NAE_EAOK_eestikeelsed_sunnimeetrikad, lk 203
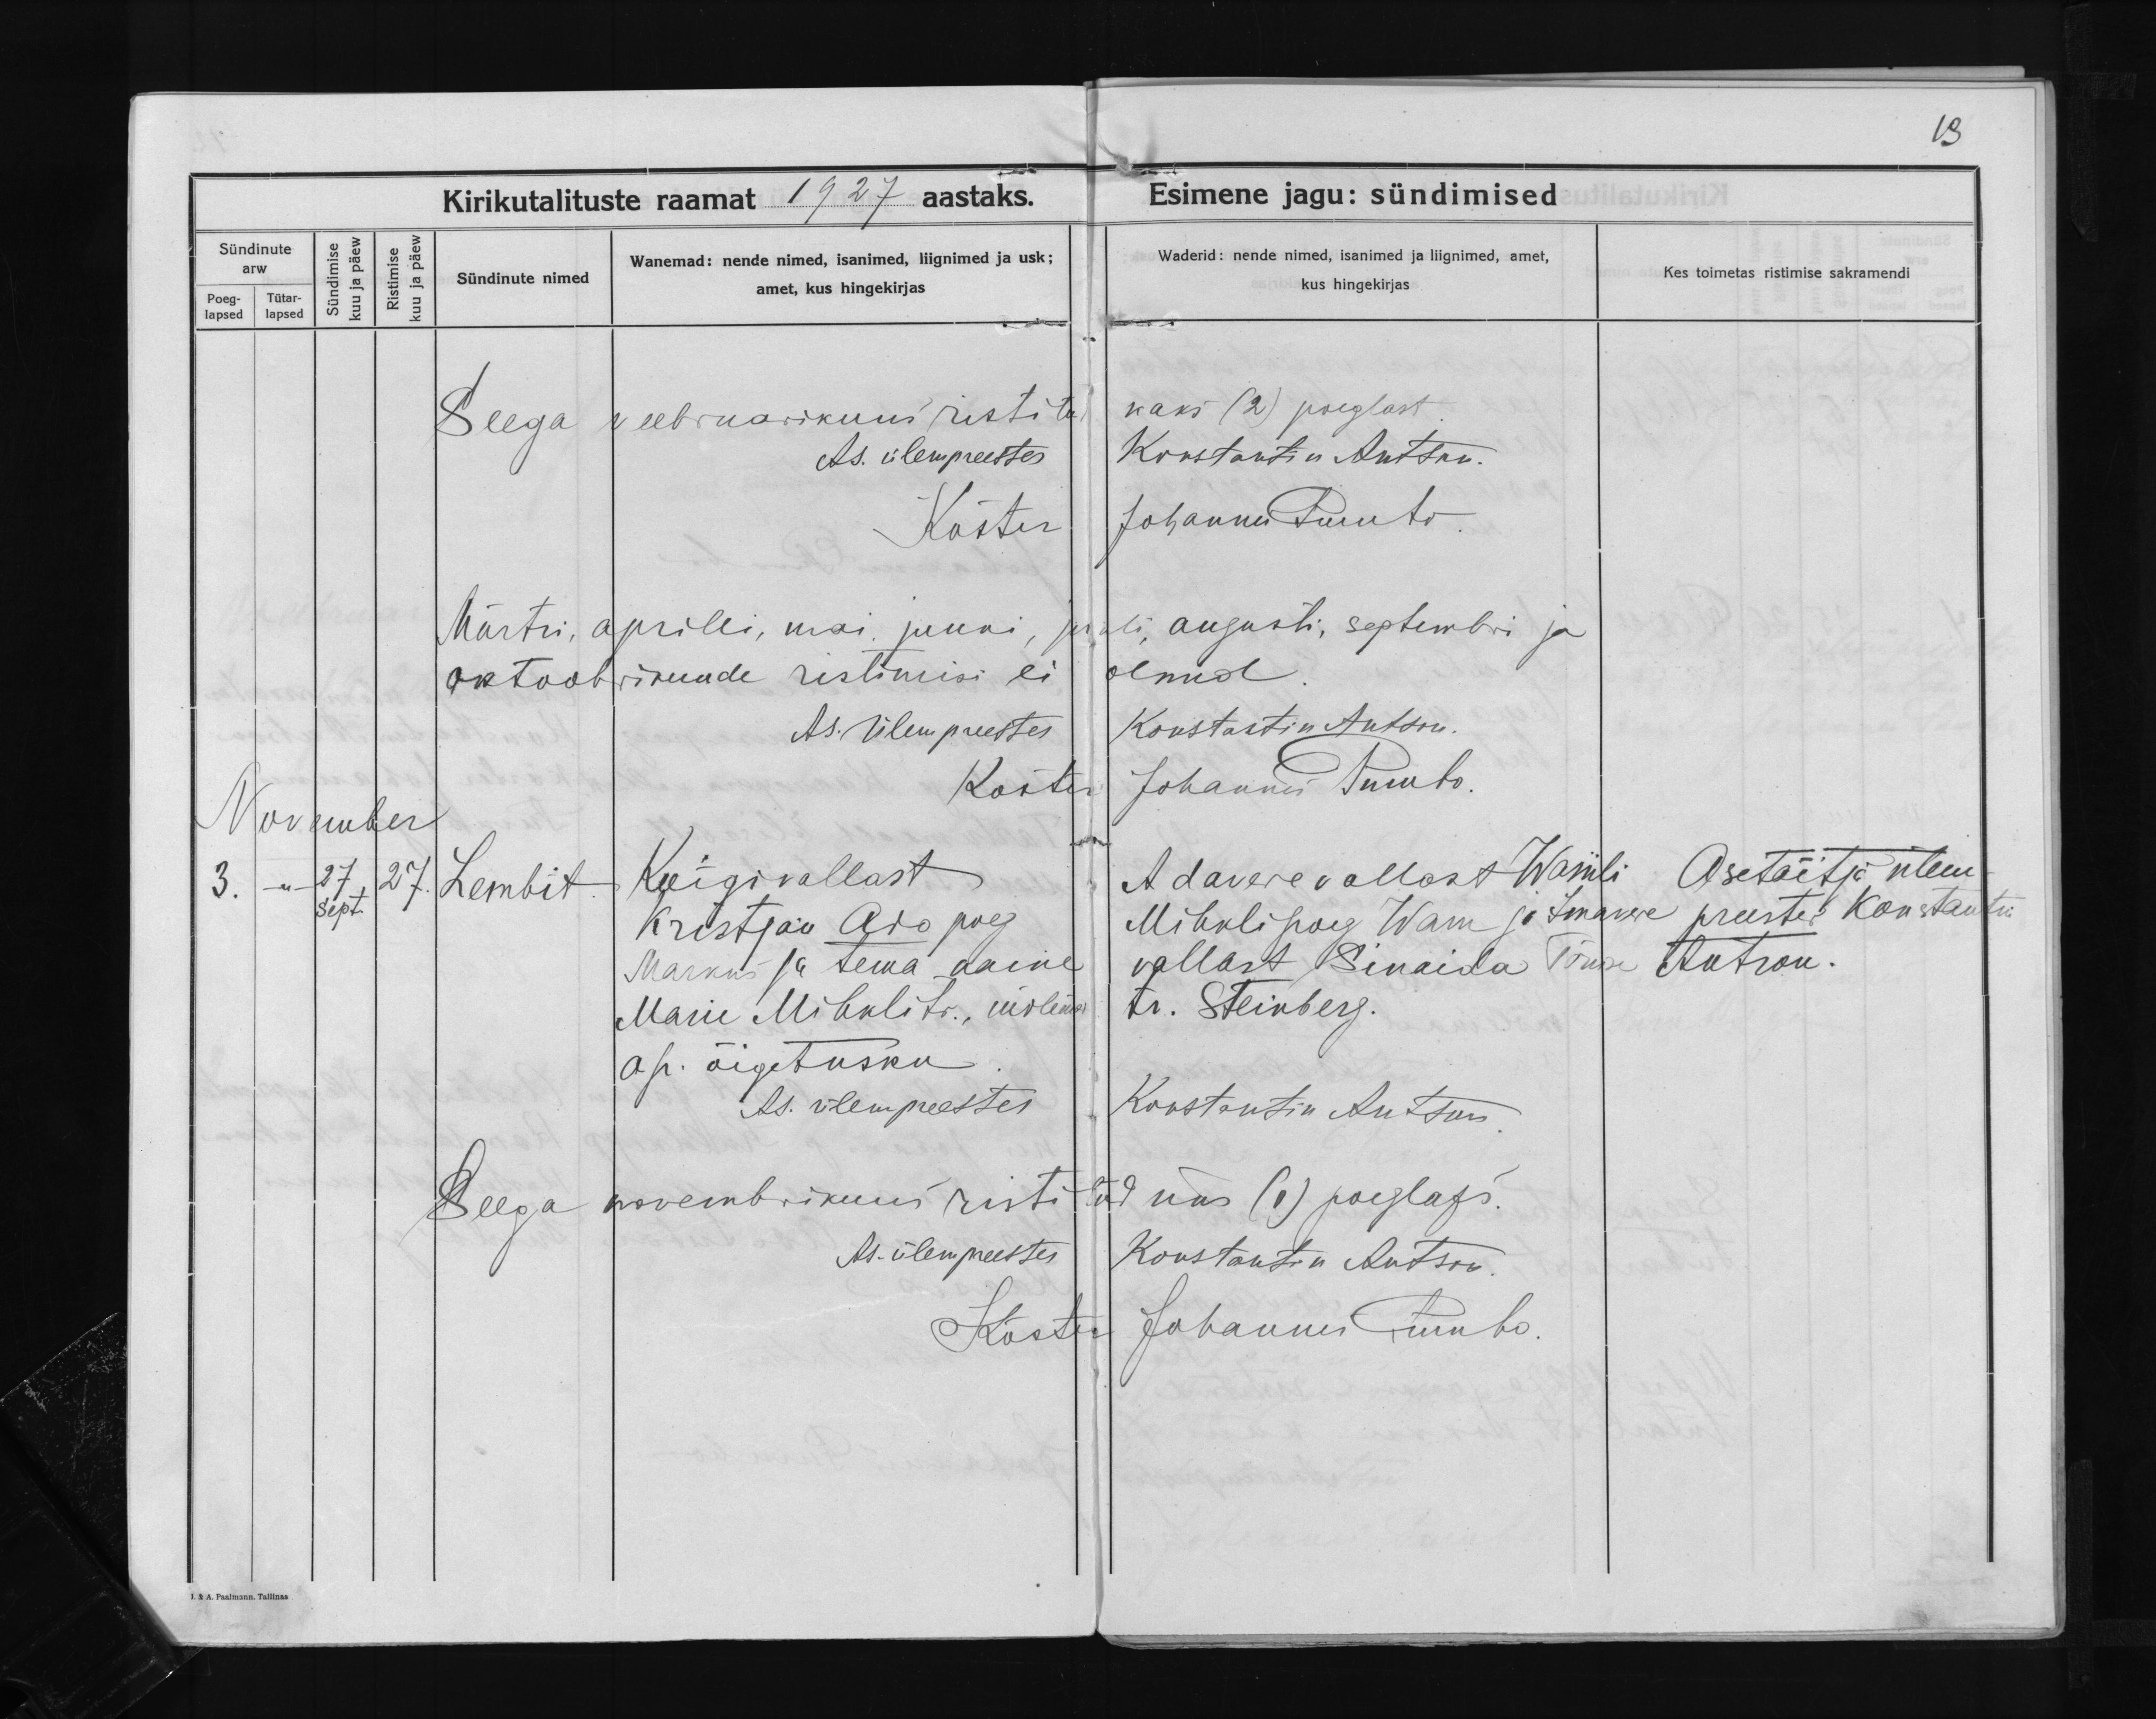
Lembit

Koigi vallast
Kristjan Ado poeg
Markus ja tema naine
Marie Mihkli tr., mõlemad
ap. õigetusku